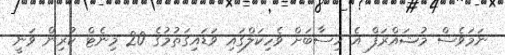
ނަމަވެސް މުޝައްރަފް އެ ހިސާބަށް ވެހިކަލްގައި ވަޑައިގަތުމުގެ 20 މިނެޓް ކުރިން ވަނީ